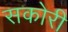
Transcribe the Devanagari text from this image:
सकोरी